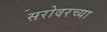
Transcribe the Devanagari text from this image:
सरोवरच्या